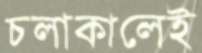
চলাকালেই